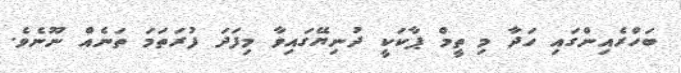
ބަހްރެއިންގައި ހަދާ މި ތީމް ޕާކަކީ ދުނިޔޭގައިވާ މިފަދަ ފުރަތަމަ ތަނެއް ނޫނެވެ.